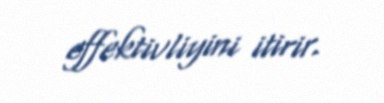
effektivliyini itirir.